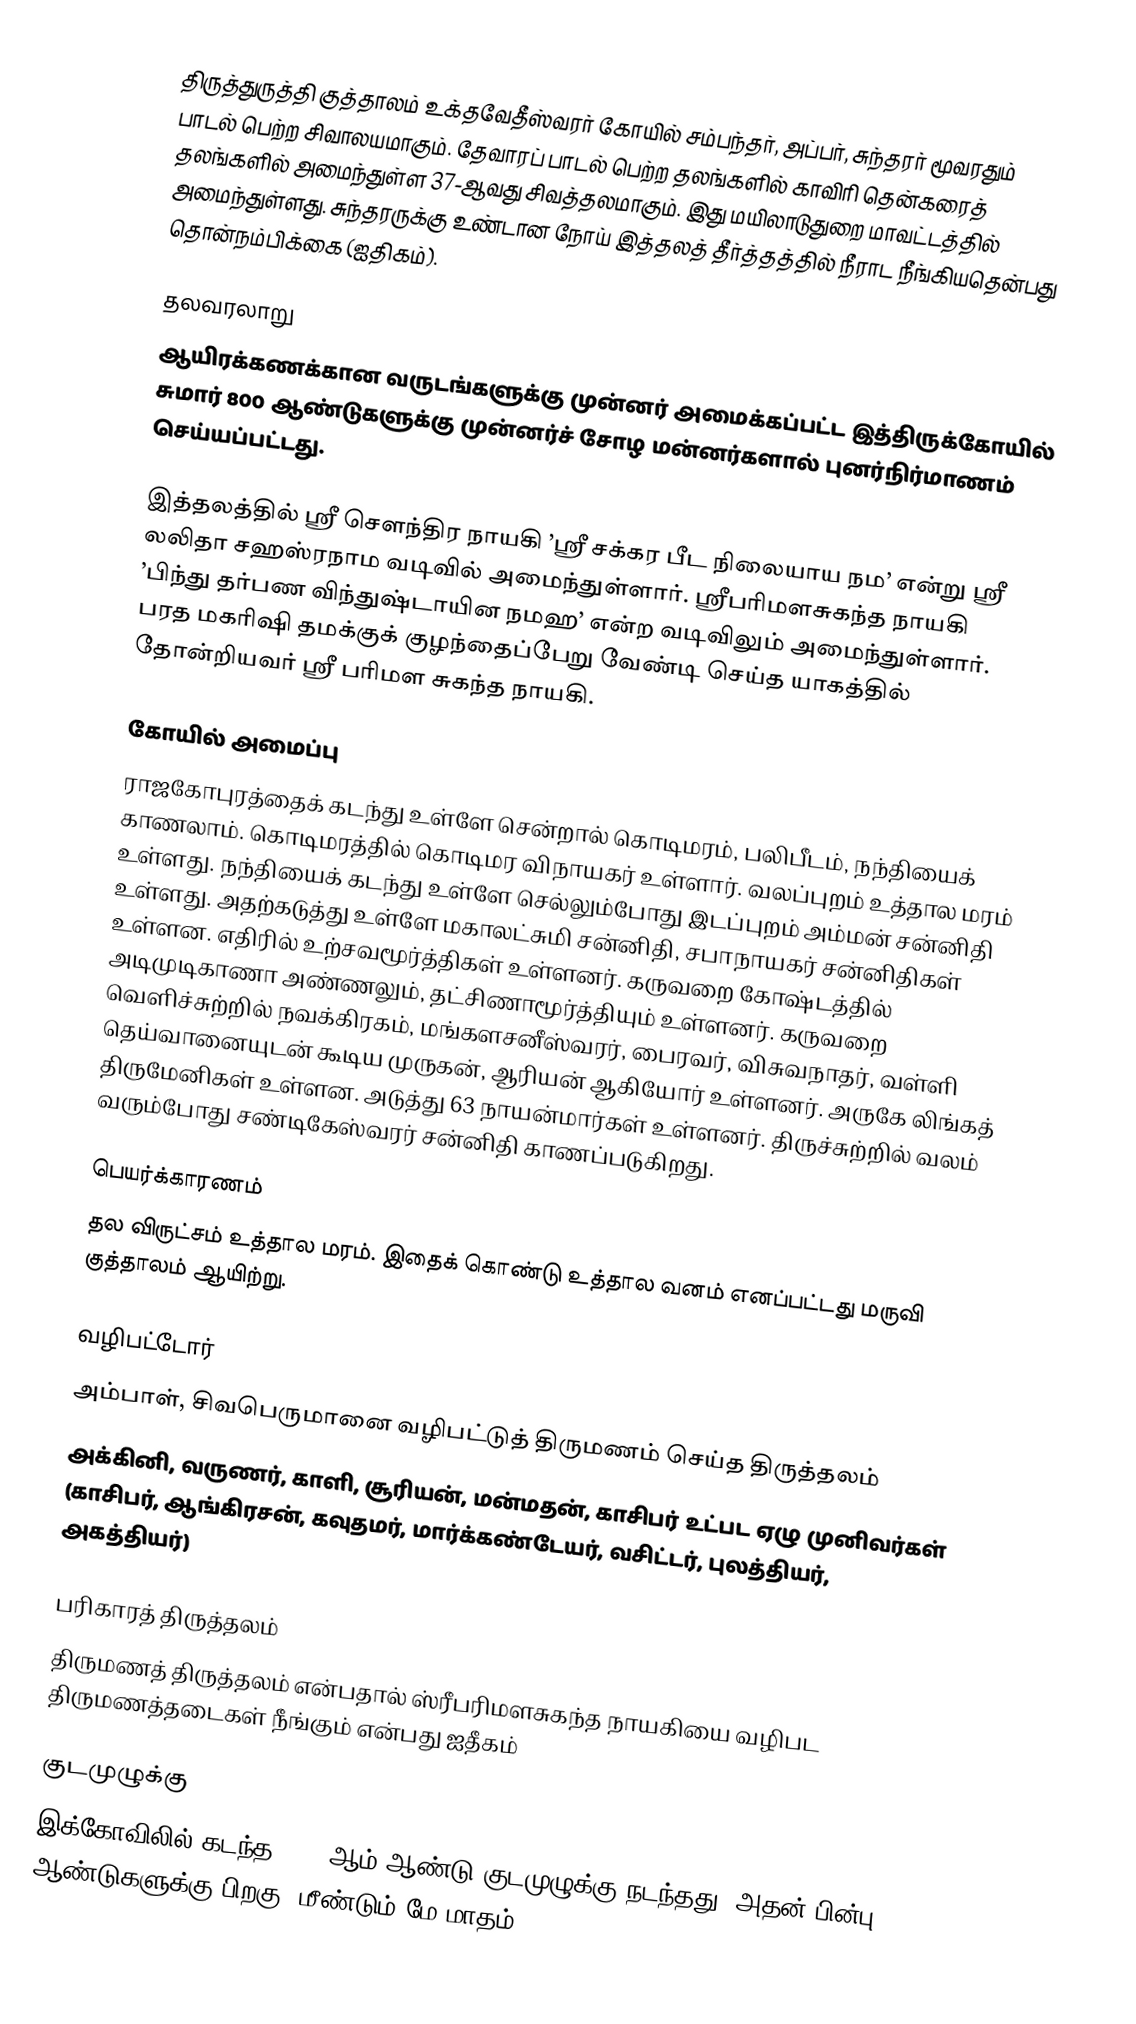
திருத்துருத்தி குத்தாலம் உக்தவேதீஸ்வரர் கோயில் சம்பந்தர், அப்பர், சுந்தரர் மூவரதும் பாடல் பெற்ற சிவாலயமாகும். தேவாரப் பாடல் பெற்ற தலங்களில் காவிரி தென்கரைத் தலங்களில் அமைந்துள்ள 37-ஆவது சிவத்தலமாகும். இது மயிலாடுதுறை மாவட்டத்தில் அமைந்துள்ளது. சுந்தரருக்கு உண்டான நோய் இத்தலத் தீர்த்தத்தில் நீராட நீங்கியதென்பது தொன்நம்பிக்கை (ஐதிகம்).

தலவரலாறு
ஆயிரக்கணக்கான வருடங்களுக்கு முன்னர் அமைக்கப்பட்ட இத்திருக்கோயில் சுமார் 800 ஆண்டுகளுக்கு முன்னர்ச் சோழ மன்னர்களால் புனர்நிர்மாணம் செய்யப்பட்டது.

இத்தலத்தில் ஸ்ரீ சௌந்திர நாயகி ’ஸ்ரீ சக்கர பீட நிலையாய நம’ என்று ஸ்ரீ லலிதா சஹஸ்ரநாம வடிவில் அமைந்துள்ளார். ஸ்ரீபரிமளசுகந்த நாயகி ’பிந்து தர்பண விந்துஷ்டாயின நமஹ’ என்ற வடிவிலும் அமைந்துள்ளார். பரத மகரிஷி தமக்குக் குழந்தைப்பேறு வேண்டி செய்த யாகத்தில் தோன்றியவர் ஸ்ரீ பரிமள சுகந்த நாயகி.

கோயில் அமைப்பு
ராஜகோபுரத்தைக் கடந்து உள்ளே சென்றால் கொடிமரம், பலிபீடம், நந்தியைக் காணலாம். கொடிமரத்தில் கொடிமர விநாயகர் உள்ளார். வலப்புறம் உத்தால மரம் உள்ளது. நந்தியைக் கடந்து உள்ளே செல்லும்போது இடப்புறம் அம்மன் சன்னிதி உள்ளது. அதற்கடுத்து உள்ளே மகாலட்சுமி சன்னிதி, சபாநாயகர் சன்னிதிகள் உள்ளன. எதிரில் உற்சவமூர்த்திகள் உள்ளனர். கருவறை கோஷ்டத்தில் அடிமுடிகாணா அண்ணலும், தட்சிணாமூர்த்தியும் உள்ளனர். கருவறை வெளிச்சுற்றில் நவக்கிரகம், மங்களசனீஸ்வரர், பைரவர், விசுவநாதர், வள்ளி தெய்வானையுடன் கூடிய முருகன், ஆரியன் ஆகியோர் உள்ளனர். அருகே லிங்கத் திருமேனிகள் உள்ளன. அடுத்து 63 நாயன்மார்கள் உள்ளனர். திருச்சுற்றில் வலம் வரும்போது சண்டிகேஸ்வரர் சன்னிதி காணப்படுகிறது.

பெயர்க்காரணம்
தல விருட்சம் உத்தால மரம். இதைக் கொண்டு உத்தால வனம் எனப்பட்டது மருவி குத்தாலம் ஆயிற்று.

வழிபட்டோர்
அம்பாள்,  சிவபெருமானை வழிபட்டுத் திருமணம் செய்த திருத்தலம்
அக்கினி, வருணர், காளி, சூரியன், மன்மதன், காசிபர் உட்பட ஏழு முனிவர்கள் (காசிபர், ஆங்கிரசன், கவுதமர், மார்க்கண்டேயர், வசிட்டர், புலத்தியர், அகத்தியர்)

பரிகாரத் திருத்தலம்
திருமணத் திருத்தலம் என்பதால் ஸ்ரீபரிமளசுகந்த நாயகியை வழிபட திருமணத்தடைகள் நீங்கும் என்பது ஐதீகம்

குடமுழுக்கு
இக்கோவிலில் கடந்த 1960 ஆம் ஆண்டு குடமுழுக்கு நடந்தது. அதன் பின்பு 62 ஆண்டுகளுக்கு பிறகு, மீண்டும் மே மாதம்